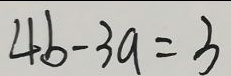
4 b - 3 a = 3